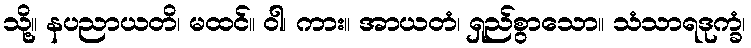
သို့။ နပညာယတိ၊ မထင်။ ဝါ၊ ကား။ အာယတံ၊ ရှည်စွာသော။ သံသာရဒုက္ခံ၊